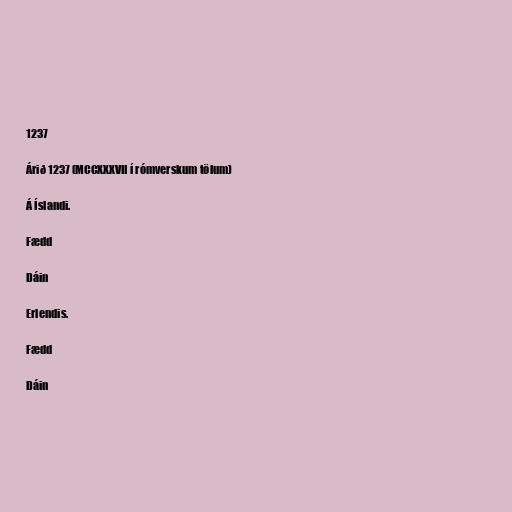
1237

Árið 1237 (MCCXXXVII í rómverskum tölum)

Á Íslandi.

Fædd

Dáin

Erlendis.

Fædd

Dáin